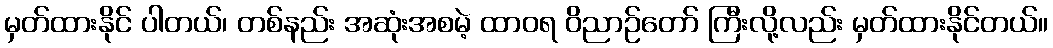
မှတ်ထားနိုင် ပါတယ်၊ တစ်နည်း အဆုံးအစမဲ့ ထာဝရ ဝိညာဉ်တော် ကြီးလို့လည်း မှတ်ထားနိုင်တယ်။